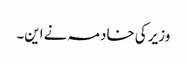
وزیر کی خادمہ نے این۔